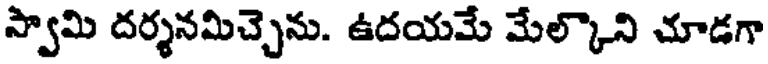
స్వామి దర్శనమిచ్చెను. ఉదయమే మేల్కొని చూడగా